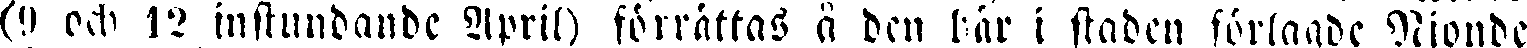
(9 och 12 instundande April) förrättas å den här i staden förlande Nionde